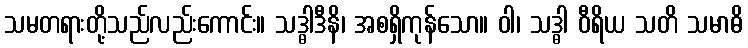
သမတရားတို့သည်လည်းကောင်း။ သဒ္ဓါဒီနိ၊ အစရှိကုန်သော။ ဝါ၊ သဒ္ဓါ ဝီရိယ သတိ သမာဓိ